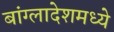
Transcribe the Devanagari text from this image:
बांग्लादेशमध्ये